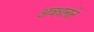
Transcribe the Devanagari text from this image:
अवधानाने